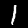
Digit: 1